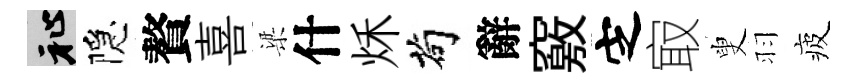
祉隠贅喜梁什秌茍辭竅㝎㝡叟羽疲